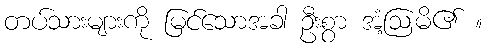
တပ်သားများကို မြင်သောအခါ ဦးစွာ အံ့ဩမိ၏ ။